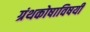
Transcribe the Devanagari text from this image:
ग्रंथकोषाविषयी